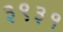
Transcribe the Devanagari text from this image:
३९३१